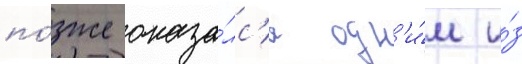
по́зже оказа́лс'я одн'и́м и́з